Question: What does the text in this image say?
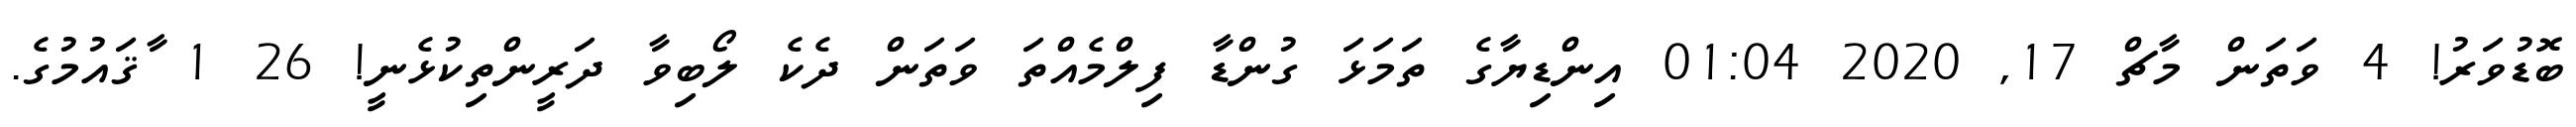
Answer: ބޮޑުވަރު! 4 ވަތަން މާޗް 17, 2020 01:04 އިންޑިޔާގެ ތަމަޅަ ގުންޑާ ފިލްމެއްތަ ވަތަން ދެކެ ލޯބިވާ ދަރީންތިކުޅެނީ! 26 1 ާޤައުމުގެ.